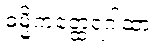
ဓမ္မိကတ္ထေရဂါထာ